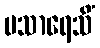
ပသာရေသိံ